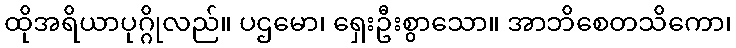
ထိုအရိယာပုဂ္ဂိုလည်။ ပဌမော၊ ရှေးဦးစွာသော။ အာဘိစေတသိကော၊